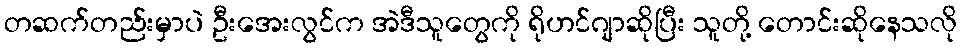
တဆက်တည်းမှာပဲ ဦးအေးလွင်က အဲဒီသူတွေကို ရိုဟင်ဂျာဆိုပြီး သူတို့ တောင်းဆိုနေသလို